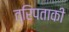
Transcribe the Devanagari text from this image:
त्रिपताकी